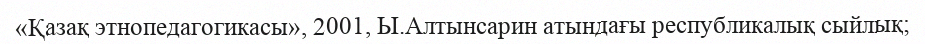
«Қазақ этнопедагогикасы», 2001, Ы.Алтынсарин атындағы республикалық сыйлық;